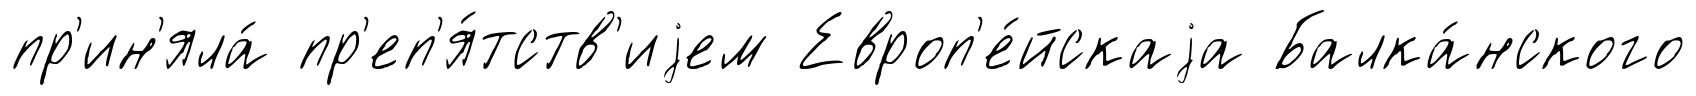
пр'ин'яла́ пр'еп'я́тств'иjем Европ'е́йскаjа Балка́нского